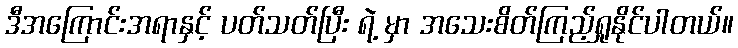
ဒီအကြောင်းအရာနှင့် ပတ်သတ်ပြီး ရဲ့ မှာ အသေးစိတ်ကြည့်ရှုနိုင်ပါတယ်။